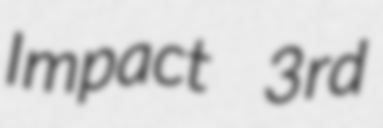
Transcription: Impact 3rd